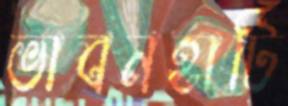
ভাবনহাটি